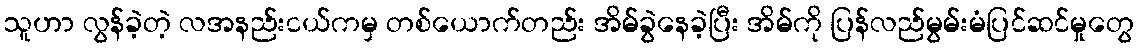
သူဟာ လွန်ခဲ့တဲ့ လအနည်းငယ်ကမှ တစ်ယောက်တည်း အိမ်ခွဲနေခဲ့ပြီး အိမ်ကို ပြန်လည်မွမ်းမံပြင်ဆင်မှုတွေ